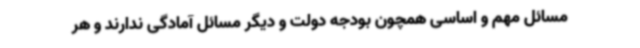
مسائل مهم و اساسی همچون بودجه دولت و دیگر مسائل آمادگی ندارند و هر